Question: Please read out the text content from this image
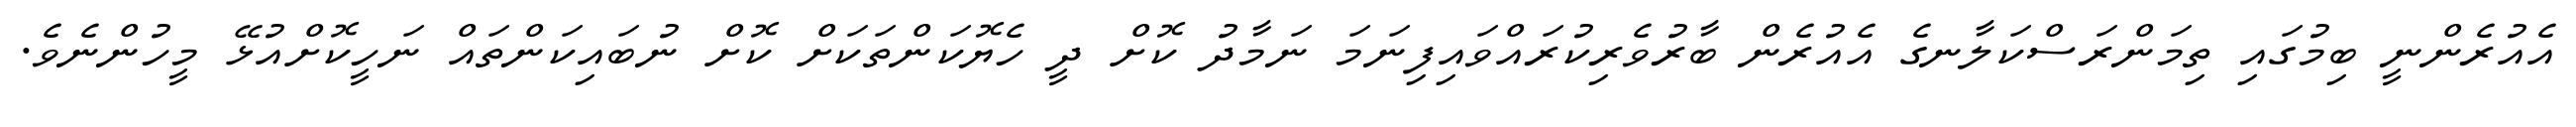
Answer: އެއުރެންނީ ބިމުގައި ތިމަންރަސްކަލާނގެ އެއުރެން ބާރުވެރިކުރައްވައިފިނަމަ ނަމާދު ކޮށް ދީ ހެޔޮކަންތަކަށް ކޮށް ނުބައިކަންތައް ނަހީކޮށްއުޅޭ މީހުންނެވެ.